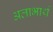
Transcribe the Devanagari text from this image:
अलाभार्थ